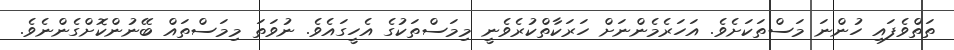
ތަތްވެފައި ހުންނަ މަސްތަކަށެވެ. އަހަރެމެންނަށް ހަރަކާތްކުރެވެނީ މިމަސްތަކުގެ އެހީގައެވެ. ނުވަތަ މިމަސްތައް ބޭނުންކޮށްގެންނެވެ.